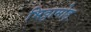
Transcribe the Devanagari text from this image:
भिठ्ठामोड़